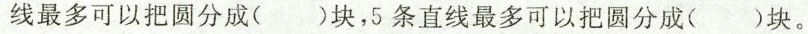
线最多可以把圆分成()块，5条直线最多可以把圆分成()块。